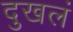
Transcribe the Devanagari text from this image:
दुखलं